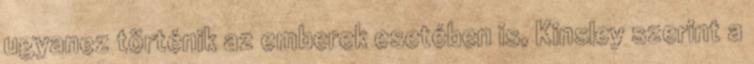
ugyanez történik az emberek esetében is, Kinsley szerint a